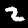
Label: 2